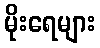
မိုးရေများ